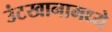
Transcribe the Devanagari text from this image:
उंटखानामध्ये